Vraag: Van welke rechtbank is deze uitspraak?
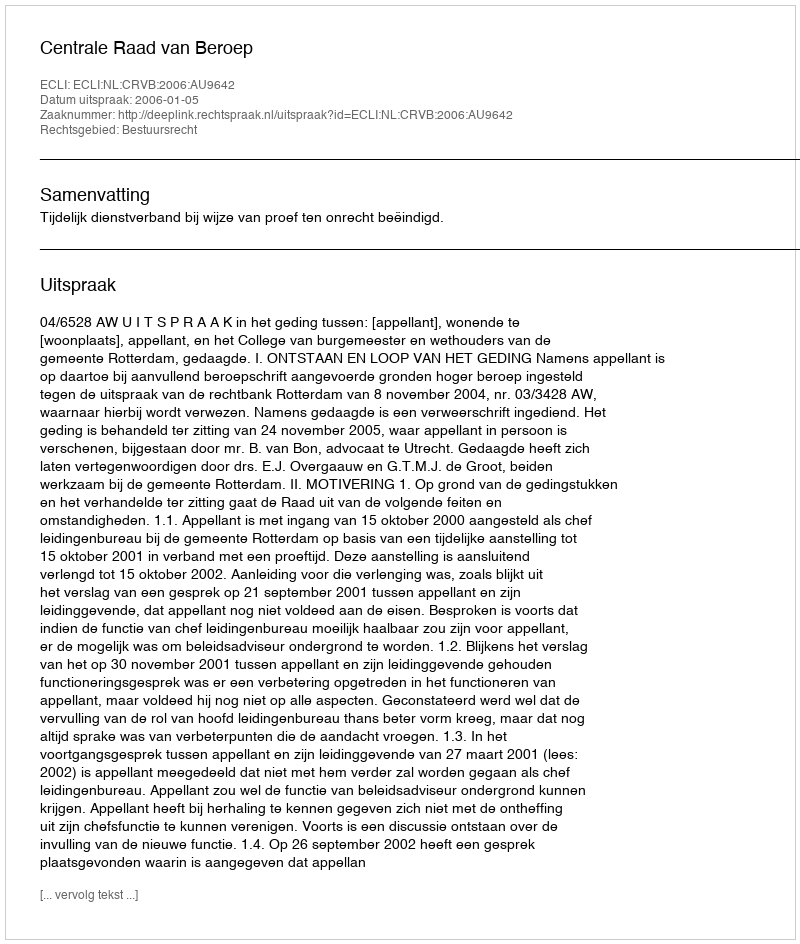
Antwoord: Centrale Raad van Beroep